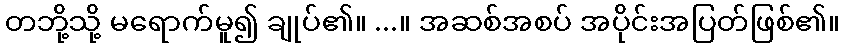
တဘို့သို့ မရောက်မူ၍ ချုပ်၏။ ...။ အဆစ်အစပ် အပိုင်းအပြတ်ဖြစ်၏။